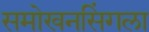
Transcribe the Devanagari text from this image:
समोखनसिंगला